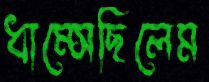
ধাম্‌সেছিলেম